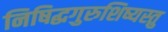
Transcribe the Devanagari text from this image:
निषिद्धगुरुशिष्यस्तु